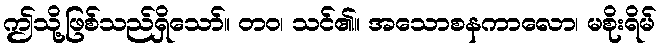
ဤသို့ဖြစ်သည်ရှိသော်။ တဝ၊ သင်၏။ အသောစနကာလော၊ မစိုးရိမ်